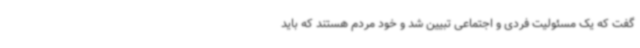
گفت که یک مسئولیت فردی و اجتماعی تبیین شد و خود مردم هستند که باید